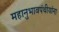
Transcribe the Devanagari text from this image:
महानुभावपंथीयांना